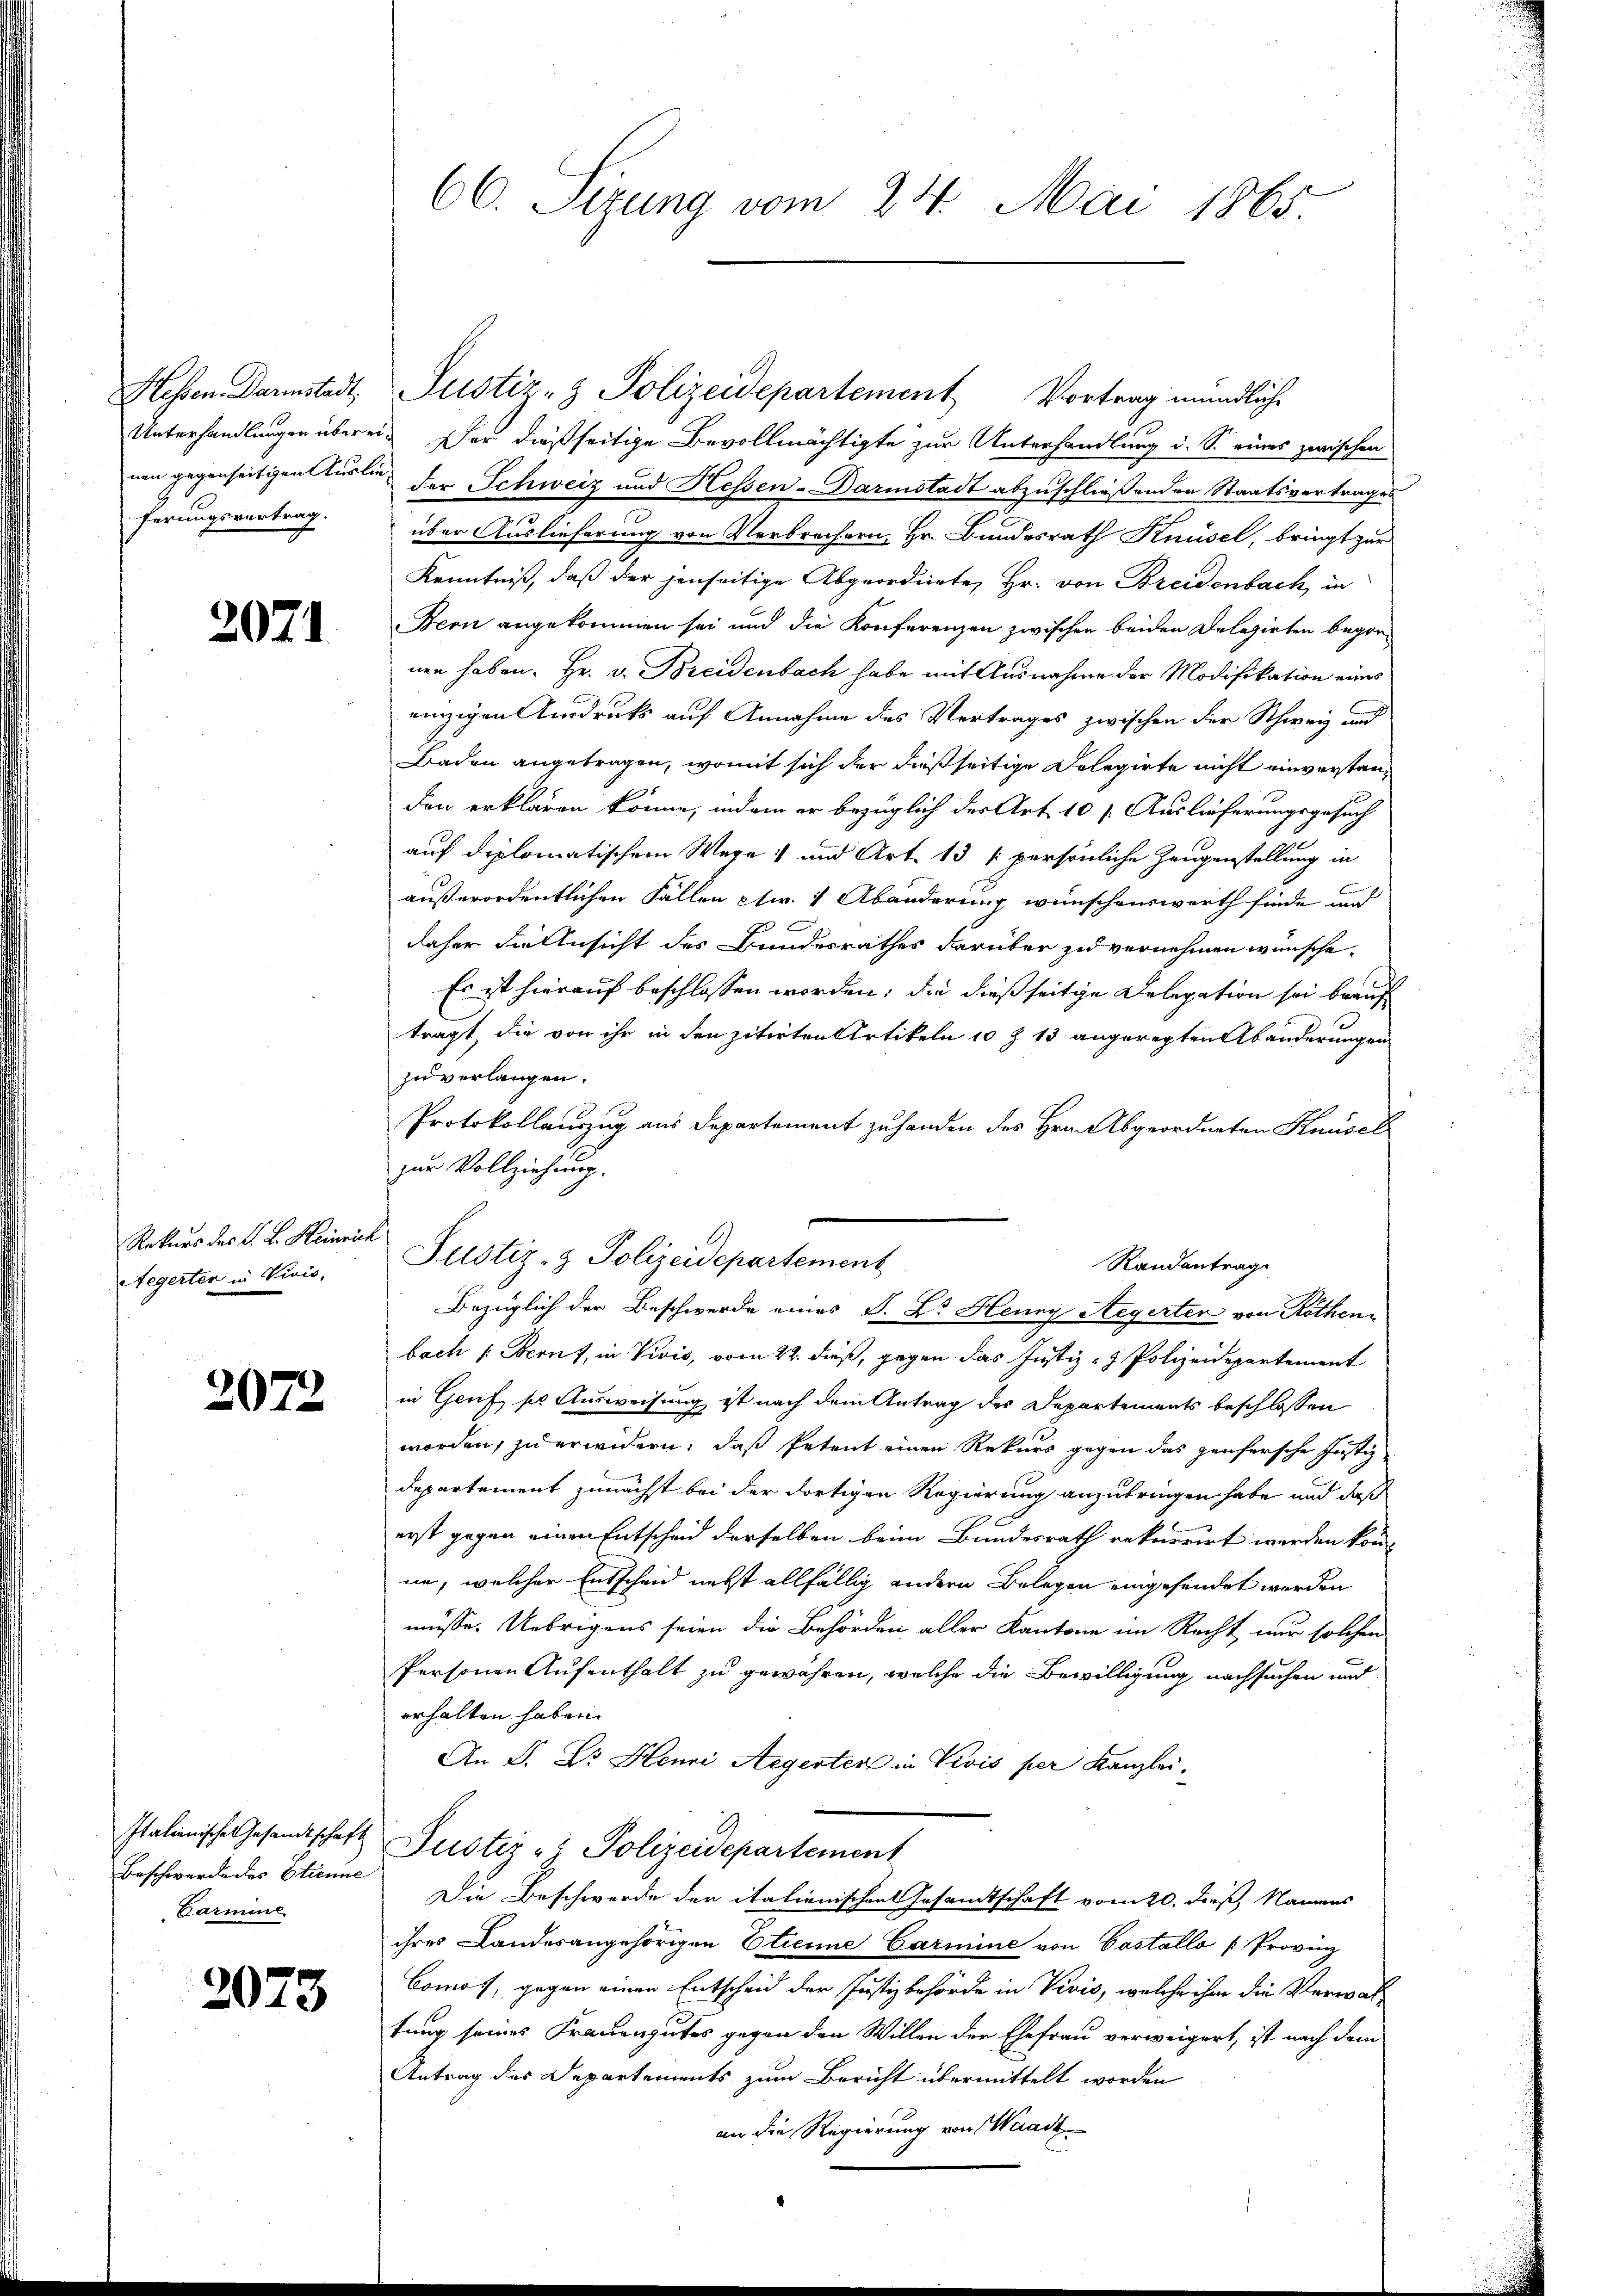
ferungsvertrag.

2071

Rekurs des F. L. Heinrich
Aegerten in Vivis,

2072

Beschwerde des Stienne
Carmine

2073

Hessen Darmstadt, Justiz- & Polizeidepartement Vortrag mündliche
Unterhandlungen überei. Der dießseitige Bevollmächtigte zur Unterhandlung d. S. eines zwischen
nen gegenseitigen Ausler der Schweiz und Hessen-Darmstadt abzuschließenden Staatsvertrages
über Auslieferung von Verbrechern, Hr. Bundesrath Knüsel, bringt zur
Kenntniß, daß der jenseitige Abgeordnete, Hr. von Breidenbach, in
Beon angekommen sei und die Konferenzen zwischen beiden Delegirten begonnen haben. Hr. v. Breidenbach habe mit Ausnahme der Modifikation eines
einzigen Ausdrucks auf Annahme des Vertrages zwischen der Schweiz und
Baden angetragen, womit sich der dießseitige Delegirte nicht einverstanden erklären könne, indem er bezüglich der Art 10 f. Auslieferungsgesuch
auf diplomatischem Wege und Art. 13 1 persönliche Zeugenstellung in
außerordentlichen Fällen etc. 1 Abänderung wünschenswerth finde und
daher die Ansicht des Bundesrathes darüber zu vernehmen wünsche.
Es ist hierauf beschlossen worden; die dießseitige Delegation sei beauf
tragt, die von ihr in den zitirten Artikeln 10 Z 13 angeregten Abänderungen
zu verlangen.
Protokollauszug aus Departement zu handen des Hrn. Abgeordneten Knüsel
zur Vollziehung.
Justiz- & Polizeidepartement
Randantrag
Bezüglich der Beschwerde eines P. Lt. Henry Aegerter von Röthenbach Bernt, in Vivis, vom 22. dieß, gegen das Justiz- & Polizeidepartement
in Genf sie Ausweisung ist nach dem Antrag des Departements beschlossen
worden, zu erwidern, daß Petent einen Rekurs gegen das zenfersche Justiz-
Departement zunächst bei der dortigen Regierung anzubringen habe und daß
erst gegen einen Entscheid derselben beim Bundesrath rekurrirt werden könne, welcher Entscheid nebst allfällig andern Belegen eingesendet werden
müsse. Uebrigens seien die Behörden aller Kantone im Recht nur solchen
Personen Aufenthalt zu gewähren, welche die Bewilligung nachsuchen und
erhalten haben.
An P. Dr. Henri Aegerter in Vivis per Kanzlei.
Italienischen Gesandtschaft Justiz & Polizeidepartement
Die Beschwerde der italienischen Gesamtschaft vom 20. dieß, Namens
ihres Landesangehörigen Etienne Carmine von Castallo [Provinz
Comos, gegen einen Entscheid der Justizbehörde in Vivis, welche ihm die Verwaltung seines Frauengutes gegen den Willen der Ehefrau verweigert, ist nach dem
Antrag des Departements zum Bericht übermittelt worden
an die Regierung von Waadt

66. Sizung vom 24. Mai 1865.